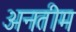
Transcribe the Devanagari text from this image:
अनतीम